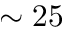
\sim 2 5